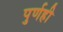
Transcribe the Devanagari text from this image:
पुर्णही